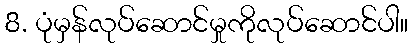
8. ပုံမှန်လုပ်ဆောင်မှုကိုလုပ်ဆောင်ပါ။